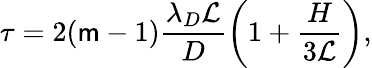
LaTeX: \tau=2(\mathsf{m}-1)\frac{{\lambda_{D}\mathcal{{L}}}}{{D}}\left(1+\frac{{H}}{{3\mathcal{{L}}}}\right),